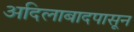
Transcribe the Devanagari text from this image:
अदिलाबादपासून